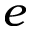
e